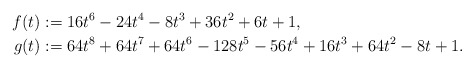
\begin{align*} f(t) &:= 16t^6 - 24t^4 - 8t^3 + 36t^2 + 6t + 1, \\g(t) &:= 64t^8 + 64t^7 + 64t^6 - 128t^5 - 56t^4 + 16t^3 + 64t^2 - 8t + 1.\end{align*}